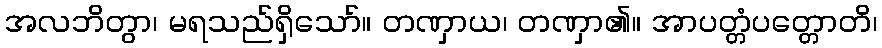
အလဘိတွာ၊ မရသည်ရှိသော်။ တဏှာယ၊ တဏှာ၏။ အာပတ္တံပတ္တောတိ၊